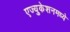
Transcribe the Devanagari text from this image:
एज्युकेशनमध्ये